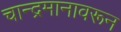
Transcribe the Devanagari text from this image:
चान्द्रमानावरून